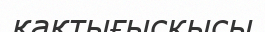
қақтығыскысы